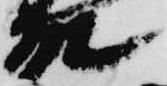
殿